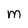
Character: M